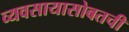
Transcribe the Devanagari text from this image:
व्यवसायासोबतची